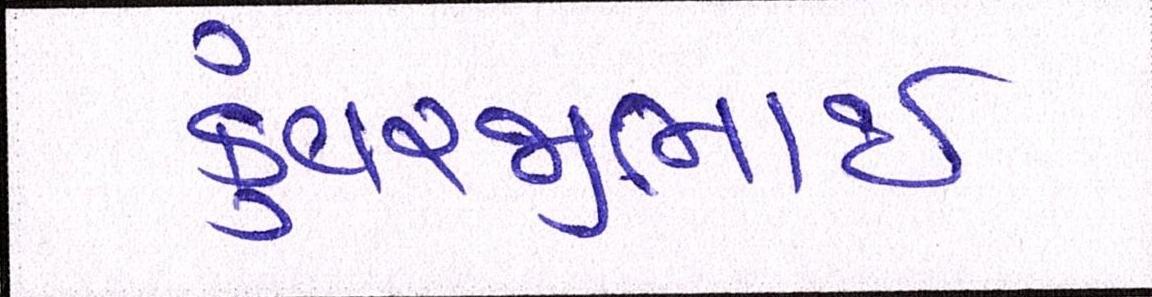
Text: કુંવરજીભાઈ